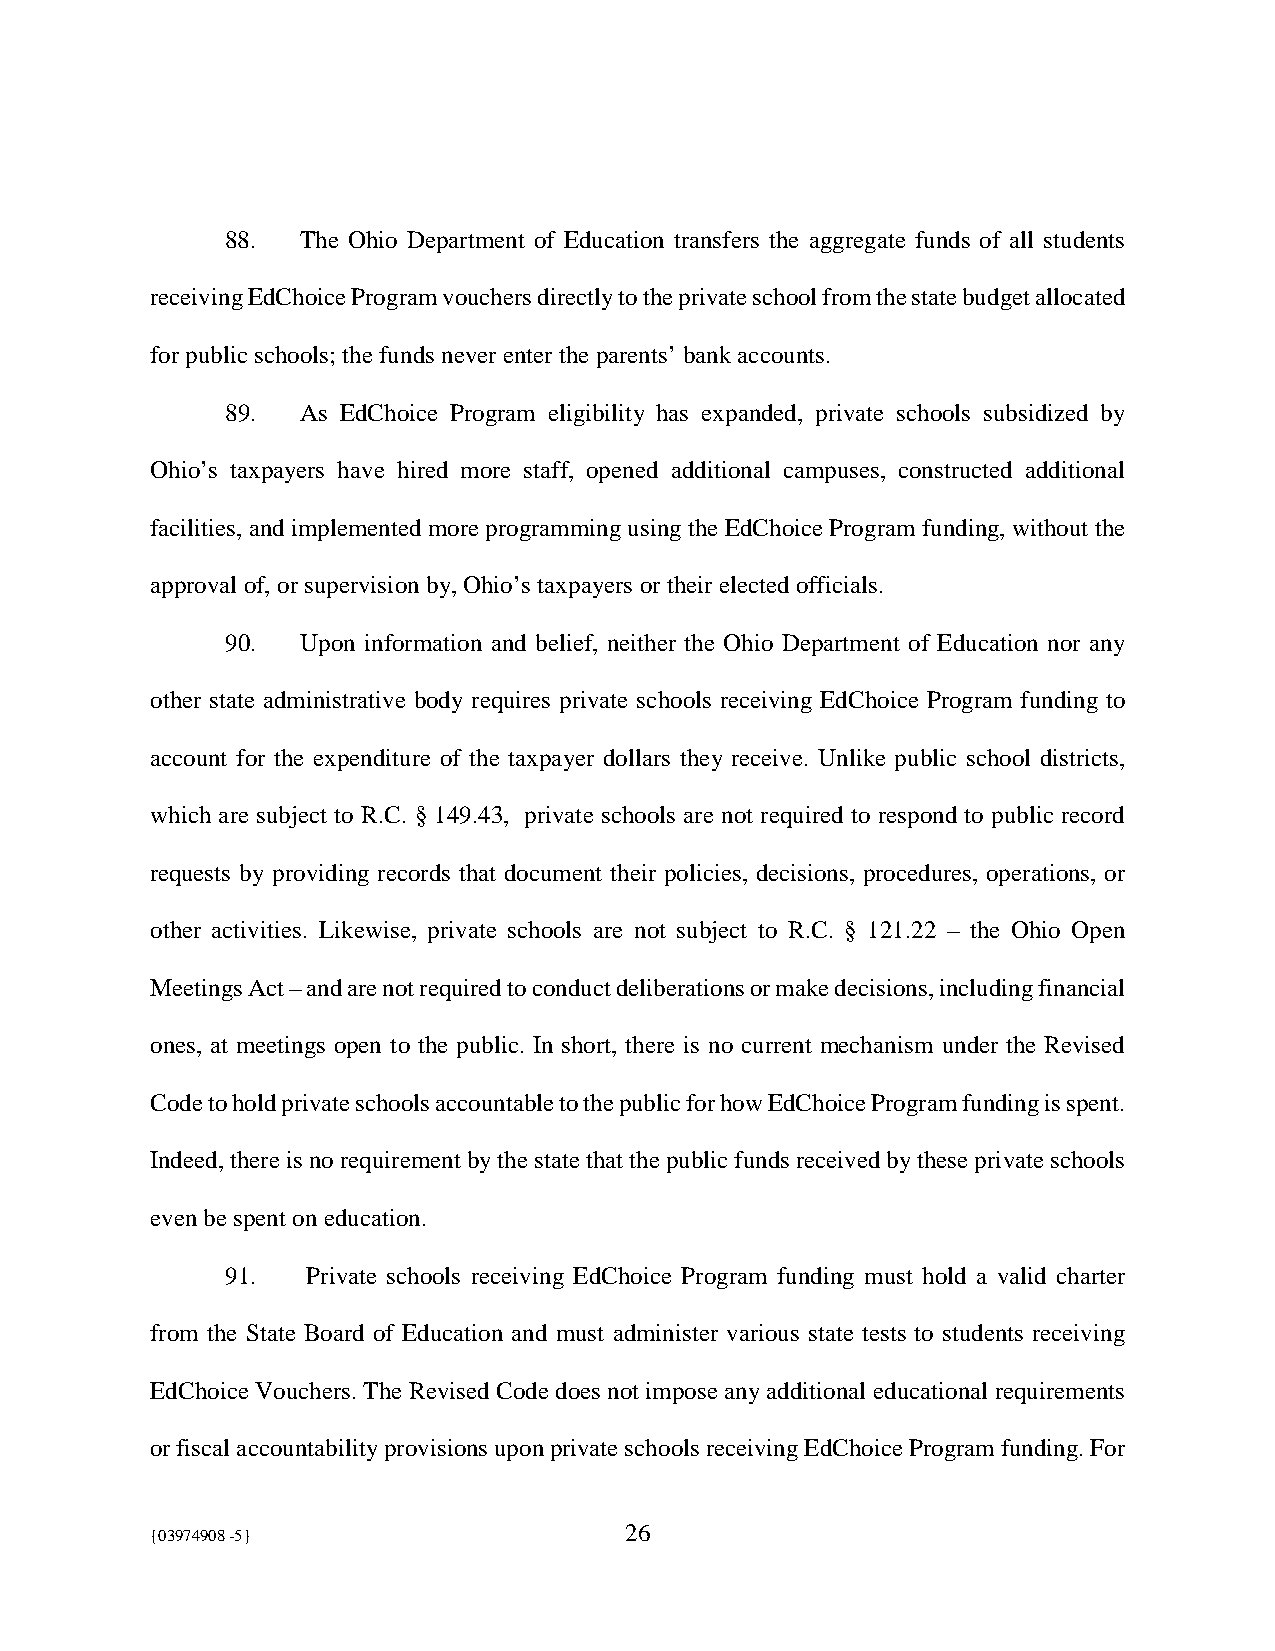
88.  The Ohio Department of Education transfers the aggregate funds of all students
 receiving EdChoice Program vouchers directly to the private school from the state budget allocated
 for public schools; the funds never enter the parents’ bank accounts.
 89.  As EdChoice Program eligibility has expanded, private schools subsidized by
 Ohio’s taxpayers have hired more staff, opened additional campuses, constructed additional
 facilities, and implemented more programming using the EdChoice Program funding, without the
 approval of, or supervision by, Ohio’s taxpayers or their elected officials.
 90.  Upon information and belief, neither the Ohio Department of Education nor any
 other state administrative body requires private schools receiving EdChoice Program funding to
 account for the expenditure of the taxpayer dollars they receive. Unlike public school districts,
 which are subject to R.C. § 149.43, private schools are not required to respond to public record
 requests by providing records that document their policies, decisions, procedures, operations, or
 other activities. Likewise, private schools are not subject to R.C. § 121.22 – the Ohio Open
 Meetings Act – and are not required to conduct deliberations or make decisions, including financial
 ones, at meetings open to the public. In short, there is no current mechanism under the Revised
 Code to hold private schools accountable to the public for how EdChoice Program funding is spent.
 Indeed, there is no requirement by the state that the public funds received by these private schools
 even be spent on education.
 91.  Private schools receiving EdChoice Program funding must hold a valid charter
 from the State Board of Education and must administer various state tests to students receiving
 EdChoice Vouchers. The Revised Code does not impose any additional educational requirements
 or fiscal accountability provisions upon private schools receiving EdChoice Program funding. For
 {03974908 -5}                  26